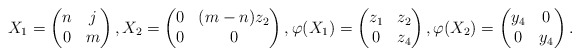
\begin{align*}X_1=\begin{pmatrix}n&j\cr0&m\end{pmatrix},X_2=\begin{pmatrix}0&(m-n)z_2\cr0&0\end{pmatrix},\varphi(X_1)=\begin{pmatrix}z_1&z_2\cr0&z_4\end{pmatrix},\varphi(X_2)=\begin{pmatrix}y_4&0\cr0&y_4\end{pmatrix}.\end{align*}